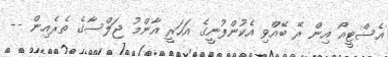
އެސްޓީއޯ އިން ރޭ ބޭއްވި އެކުންފުނީގެ އަހަރީ އާންމު ޖަލްސާގެ ތެެރެއިން --